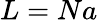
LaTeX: L=Na